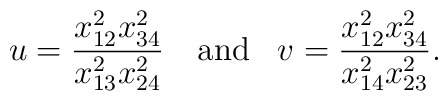
u=\frac{x_{12}^{2}x_{34}^{2}}{x_{13}^{2}x_{24}^{2}}\,\,\,\,\,\,\mbox{and}\,\,\,\,\,v=\frac{x_{12}^{2}x_{34}^{2}}{x_{14}^{2}x_{23}^{2}}.